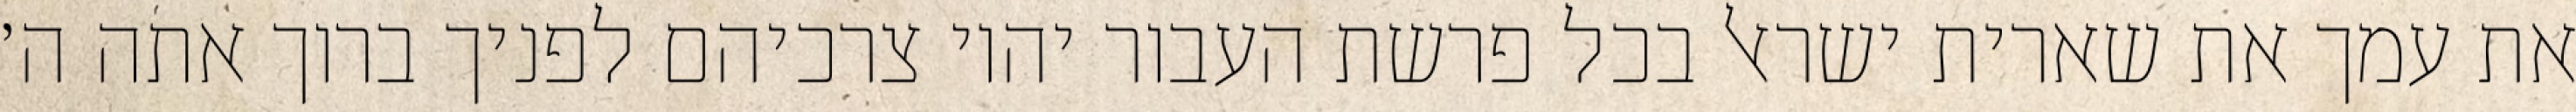
את עמך את שארית ישראל בכל פרשת העבור יהיו צרכיהם לפניך ברוך אתה ה׳